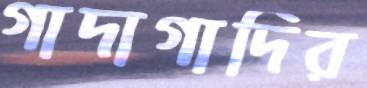
গাদাগাদির